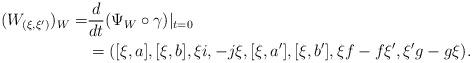
LaTeX: \begin{align*}(W_{(\xi,\xi')})_W =& \frac{d}{dt}(\Psi_W\circ\gamma)|_{t=0} \\&= ([\xi, a], [\xi, b], \xi i, -j\xi, [\xi, a'], [\xi, b'], \xi f-f\xi', \xi'g-g\xi).\end{align*}